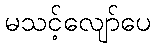
မသင့်လျော်ပေ